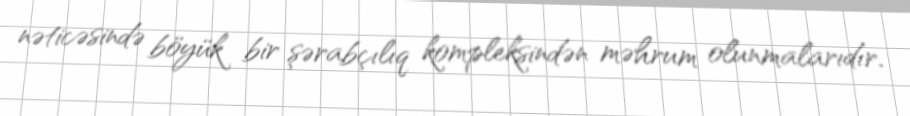
nəticəsində böyük bir şərabçılıq kompleksindən məhrum olunmalarıdır.